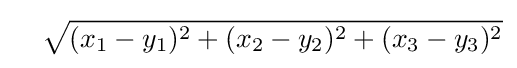
\quad {\sqrt {(x_{1}-y_{1})^{2}+(x_{2}-y_{2})^{2}+(x_{3}-y_{3})^{2}}}